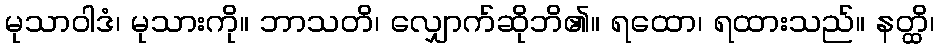
မုသာဝါဒံ၊ မုသားကို။ ဘာသတိ၊ လျှောက်ဆိုဘိ၏။ ရထော၊ ရထားသည်။ နတ္ထိ၊